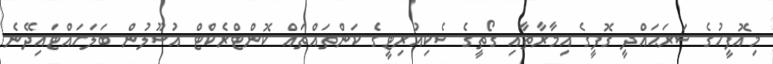
މިއޮފީހުގެ ސަރަޙައްދީ ގޮފީގެ އިމާރާތާއި ގޯތީގެ ސެކިއުރިޓީގެ ކަންތައްތައް ކޮންޓްރެކްޓް އުސޫލުން ބަލަހައްޓައިދޭނެ